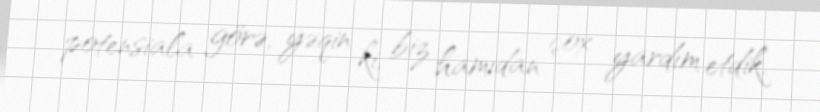
potensiala görə, yəqin ki, biz hamıdan çox yardım etdik.